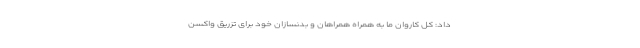
داد: کل کاروان ما به همراه همراهان و بدنسازان خود برای تزریق واکسن